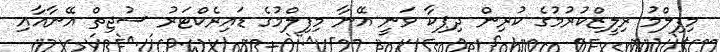
މިފިލްމު ރިލީޒްކުރުމުގެ ކުރިން ދިޕިކާ ވަނީ އޭނާ މިފިލްމުގެ ޑައިރެކްޓަރު ސުޖިތް އޭނާއާއި